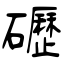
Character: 礰